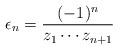
\begin{align*} \epsilon_n = \frac{(-1)^n}{z_1 \cdots z_{n + 1}} \end{align*}